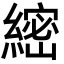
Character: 䌏